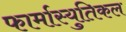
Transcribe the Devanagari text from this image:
फार्मास्युतिकल